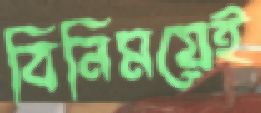
বিনিময়েই